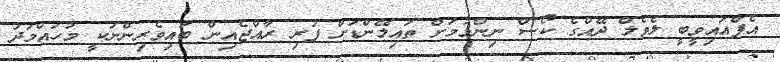
އެފްއައިވީބީ ލެވެލް ދޭއްގެ ކޯސް ނިންމުމަށް ތައިލޭންޑަށް ފުރި ރާއްޖެއިން ބައިވެރިންނަކީ މުހައްމަދު